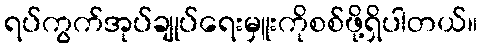
ရပ်ကွက်အုပ်ချုပ်ရေးမှူးကိုစစ်ဖို့ရှိပါတယ်။